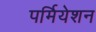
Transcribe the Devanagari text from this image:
पर्मियेशन